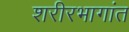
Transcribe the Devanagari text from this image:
शरीरभागांत